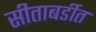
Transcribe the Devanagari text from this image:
सीताबर्डीत